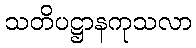
သတိပဋ္ဌာနကုသလာ